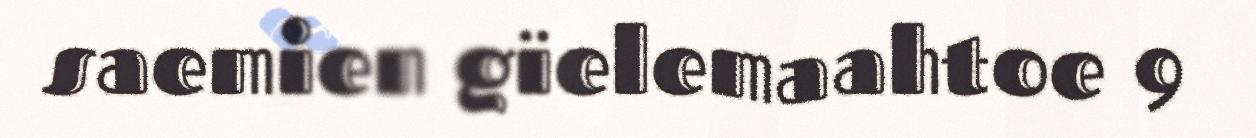
saemien gïelemaahtoe 9